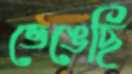
ভেঙেছি